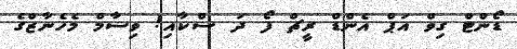
ޑޯންޓް ގިވް އަޕް އެންޑް ރީޗް ފޯ ދަ ސްކާއި! ވިސާމް މެހެނާޒްގެ